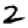
Digit: 2